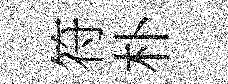
符朴